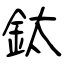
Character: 鈦